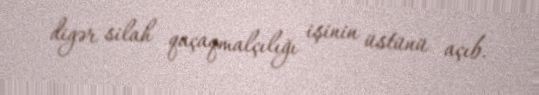
digər silah qaçaqmalçılığı işinin üstünü açıb.